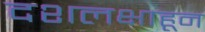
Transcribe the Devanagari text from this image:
दशलक्षाहून